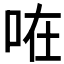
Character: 𠱽